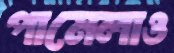
পামেলাও